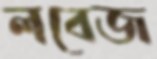
লবেজ